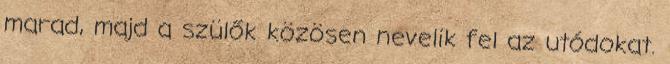
marad, majd a szülők közösen nevelik fel az utódokat.